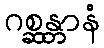
ဂစ္ဆန္တာနံ